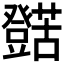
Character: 𱿁